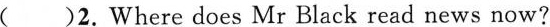
( )2.Where does Mr Black read news now?